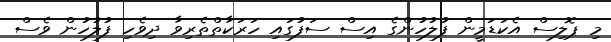
މި ޕޮލިސް އެކަޑަމީން ފުލުހުންގެ އިސް ސަފުގައި ހަރަކާތްތެރިވާ ދިވެހި ފުލުހުން ވެސް